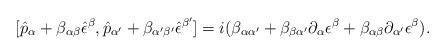
LaTeX: \begin{align*}[\hat{p}_{\alpha}+ \beta_{\alpha \beta} \hat{\epsilon}^{\beta}, \hat{p}_{\alpha'}+ \beta_{\alpha' \beta'} \hat{\epsilon}^{\beta'} ] = i (\beta_{\alpha \alpha'} + \beta_{\beta \alpha'} \partial_{\alpha} \epsilon^{\beta} + \beta_{ \alpha \beta} \partial_{\alpha'} \epsilon^{\beta} ).\end{align*}